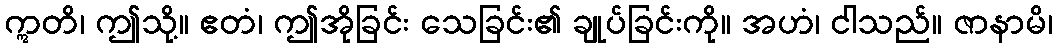
ဣတိ၊ ဤသို့။ ဧတံ၊ ဤအိုခြင်း သေခြင်း၏ ချုပ်ခြင်းကို။ အဟံ၊ ငါသည်။ ဇာနာမိ၊